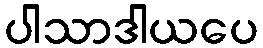
ပါသာဒါယပေ